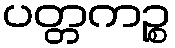
ပတ္တကဉ္စ